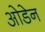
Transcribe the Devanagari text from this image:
ओडेन